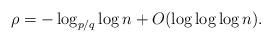
LaTeX: \begin{align*}\rho = - \log_{p/q}\log n + O(\log\log\log n).\end{align*}